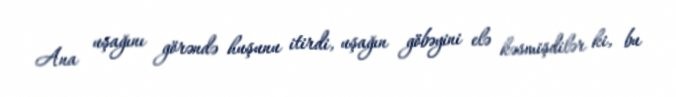
Ana uşağını görəndə huşunu itirdi, uşağın göbəyini elə kəsmişdilər ki, bu